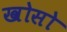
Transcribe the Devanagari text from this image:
खोसो